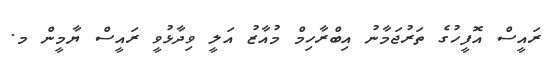
ރައީސް އޮފީހުގެ ތަރުޖަމާނު އިބްރާހިމް މުއާޒު އަލީ ވިދާޅުވީ ރައީސް ޔާމީން މ.